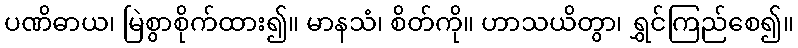
ပဏိဓာယ၊ မြဲစွာစိုက်ထား၍။ မာနသံ၊ စိတ်ကို။ ဟာသယိတွာ၊ ရွှင်ကြည်စေ၍။